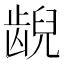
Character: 𫠜